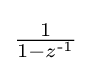
{\tfrac {1}{1-z^{\text{-1}}}}